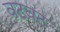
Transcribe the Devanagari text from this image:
वटवट